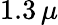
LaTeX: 1.3\, \mu